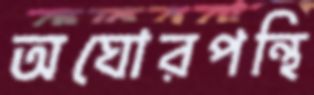
অঘোরপন্থি